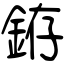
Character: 銌